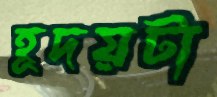
হূদয়টা